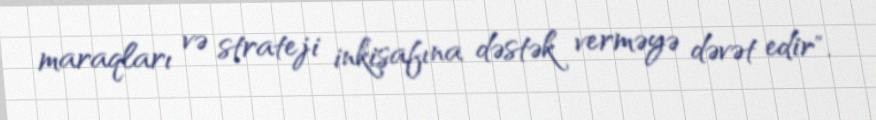
maraqları və strateji inkişafına dəstək verməyə dəvət edir".